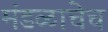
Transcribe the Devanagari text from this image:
मंडळाचेच